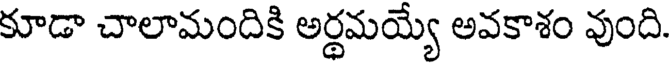
కూడా చాలామందికి అర్థమయ్యే అవకాశం వుంది.